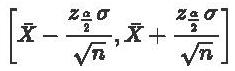
$\left[\bar{X}-\frac{z_{\frac{\alpha}{2}}\sigma}{\sqrt{n}},\bar{X}+\frac{z_{\frac{\alpha}{2}}\sigma}{\sqrt{n}}\right]$